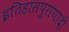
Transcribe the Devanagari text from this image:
इतिहासपुराणादी